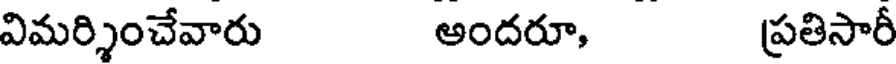
విమర్శించేవారు అందరూ, ప్రతిసారీ